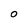
Character: o